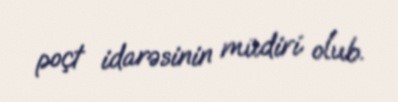
poçt idarəsinin müdiri olub.